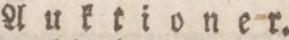
Auktioner.